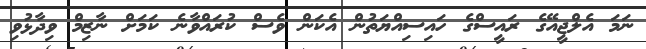
ނަމަ އެލްޖީއޭގެ ރައީސްގެ ހައިސިއްޔަތުން އެކަން ވެސް ކުރައްވާނެ ކަމަށް ނާޒިމް ވިދާޅުވި